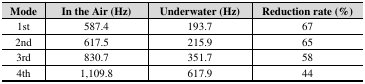
<table><thead><tr><td><b>Mode</b></td><td><b>In the Air (Hz)</b></td><td><b>Underwater (Hz)</b></td><td><b>Reduction rate (%)</b></td></tr></thead><tbody><tr><td>1st</td><td>587.4</td><td>193.7</td><td>67</td></tr><tr><td>2nd</td><td>617.5</td><td>215.9</td><td>65</td></tr><tr><td>3rd</td><td>830.7</td><td>351.7</td><td>58</td></tr><tr><td>4th</td><td>1,109.8</td><td>617.9</td><td>44</td></tr></tbody></table>